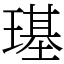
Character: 璂